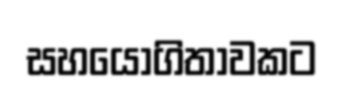
සහයෝගිතාවකට